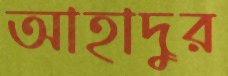
আহাদুর